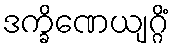
ဒက္ခိဏေယျဂ္ဂိံ